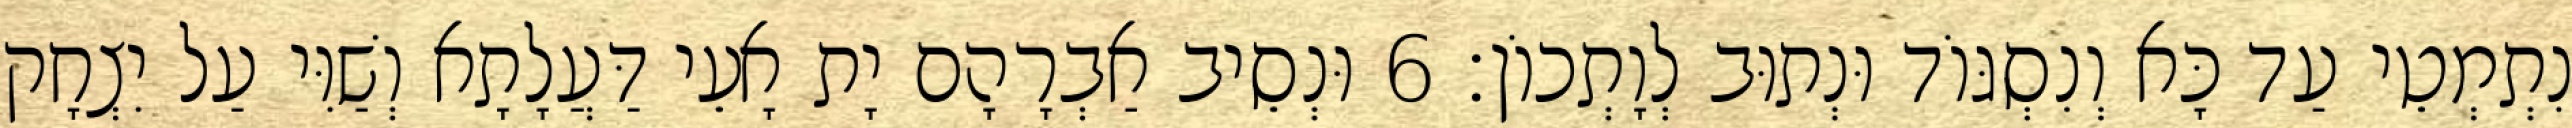
נִתְמְטֵי עַד כָּא וְנִסְגּוֹד וּנְתוּב לְוָתְכוֹן׃ 6 וּנְסֵיב אַבְרָהָם יָת אָעֵי דַּעֲלָתָא וְשַׁוִּי עַל יִצְחָק